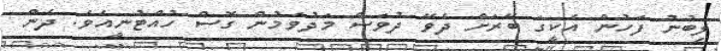
ލިބުނު ފަހުން އެކީގަ ބޭރަށް ދެވޭ ދުވަސް މަދުވަމުން ގޮސް ހުއްޓުނީއެވެ. ދެން